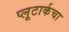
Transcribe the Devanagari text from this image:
प्लूटार्कचा